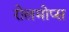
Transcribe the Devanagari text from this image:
रोलमोप्स